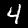
Digit: 4